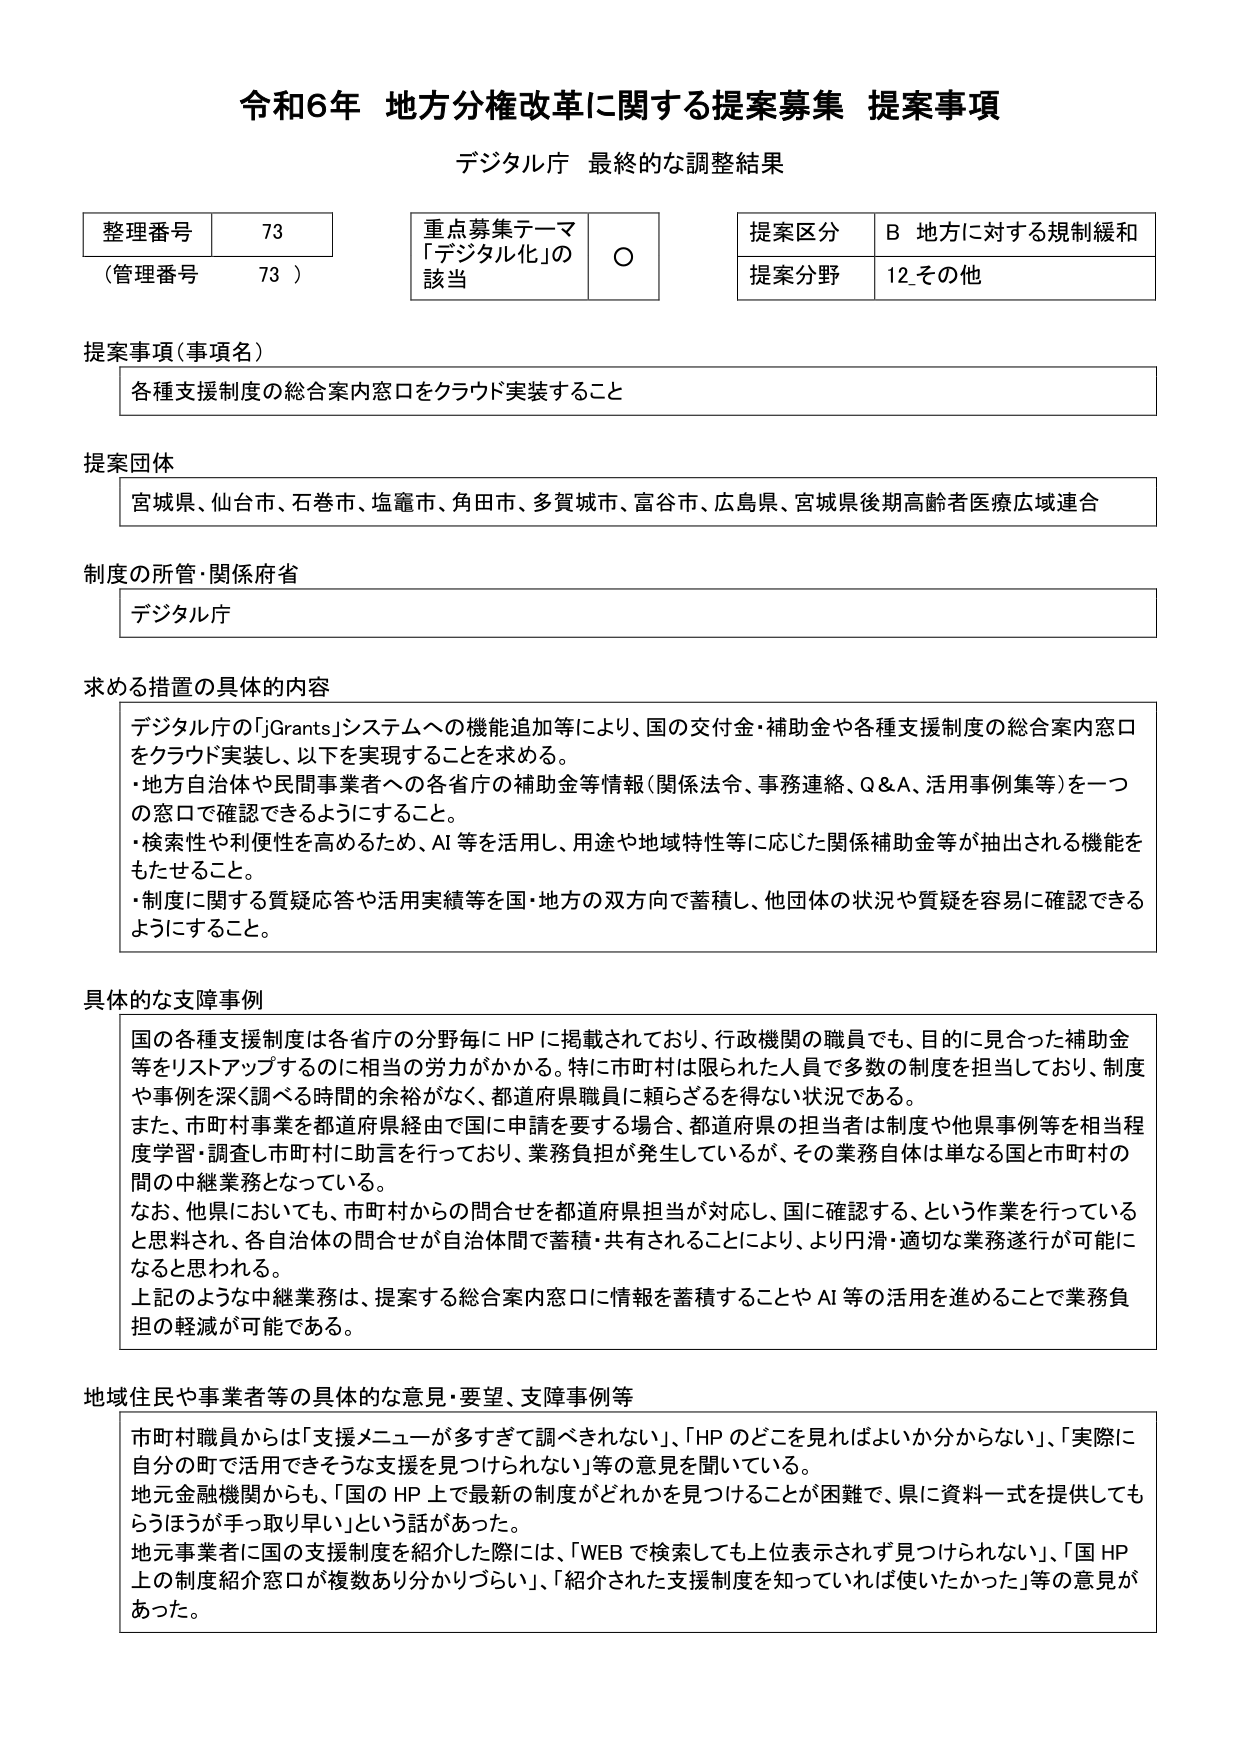
令和6年 地方分権改革に関する提案募集 提案事項
デジタル庁 最終的な調整結果

整理番号 73
（管理番号 73）

重点募集テーマ
「デジタル化」の該当 ○

提案区分 B 地方に対する規制緩和
提案分野 12 その他

提案事項（事項名）
各種支援制度の総合案内窓口をクラウド実装すること

提案団体
宮城県、仙台市、石巻市、塩竈市、角田市、多賀城市、富谷市、広島県、宮城県後期高齢者医療広域連合

制度の所管・関係府省
デジタル庁

求める措置の具体的内容
デジタル庁の「jGrants」システムへの機能追加等により、国の交付金・補助金や各種支援制度の総合案内窓口をクラウド実装し、以下を実現することを求める。
・地方自治体や民間事業者への各省庁の補助金等情報（関係法令、事務連絡、Q＆A、活用事例集等）を一つの窓口で確認できるようにすること。
・検索性や利便性を高めるため、AI等を活用し、用途や地域特性等に応じた関係補助金等が抽出される機能をもたせること。
・制度に関する質疑応答や活用実績等を国・地方の双方向で蓄積し、他団体の状況や質疑を容易に確認できるようにすること。

具体的な支障事例
国の各種支援制度は各省庁の分野毎にHPに掲載されており、行政機関の職員でも、目的に見合った補助金等をリストアップするのに相当の労力がかかる。特に市町村は限られた人員で多数の制度を担当しており、制度や事例を深く調べる時間的余裕がなく、都道府県職員に頼らざるを得ない状況である。
また、市町村事業を都道府県経由で国に申請を要する場合、都道府県の担当者は制度や他県事例等を相当程度学習・調査し市町村に助言を行っており、業務負担が発生しているが、その業務自体は単なる国と市町村の間の中継業務となっている。
なお、他県においても、市町村からの問合せを都道府県担当が対応し、国に確認する、という作業を行っていると思料され、各自治体の問合せが自治体間で蓄積・共有されることにより、より円滑・適切な業務遂行が可能になると思われる。
上記のような中継業務は、提案する総合案内窓口に情報を蓄積することやAI等の活用を進めることで業務負担の軽減が可能である。

地域住民や事業者等の具体的な意見・要望、支障事例等
市町村職員からは「支援メニューが多すぎて調べきれない」、「HPのどこを見ればよいか分からない」、「実際に自分の町で活用できそうな支援を見つけられない」等の意見を聞いている。
地元金融機関からも、「国のHP上で最新の制度がどれかを見つけることが困難で、県に資料一式を提供してもらうほうが手っ取り早い」という話があった。
地元事業者に国の支援制度を紹介した際には、「WEBで検索しても上位表示されず見つけられない」、「国HP上の制度紹介窓口が複数あり分かりづらい」、「紹介された支援制度を知っていれば使いたかった」等の意見があった。